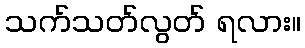
သက်သတ်လွတ် ရလား။